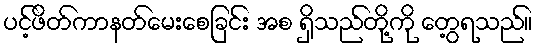
ပင့်ဖိတ်ကာနတ်မေးစေခြင်း အစ ရှိသည်တို့ကို တွေ့ရသည်။